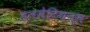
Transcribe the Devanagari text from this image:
डलमेटियन्स